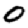
Digit: 0